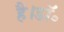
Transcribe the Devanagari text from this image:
है।डॉ॰